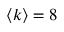
\langle k \rangle = 8